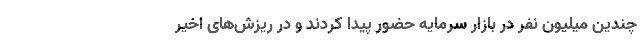
چندین میلیون نفر در بازار سرمایه حضور پیدا کردند و در ریزش‌های اخیر